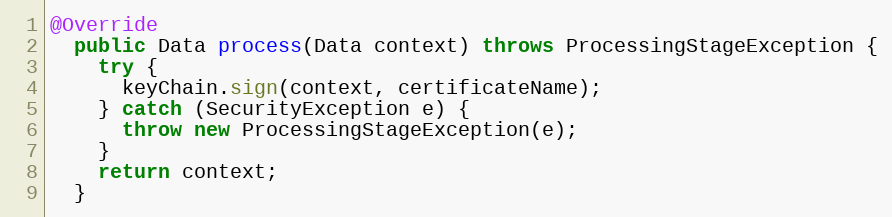
Language: Java
@Override
  public Data process(Data context) throws ProcessingStageException {
    try {
      keyChain.sign(context, certificateName);
    } catch (SecurityException e) {
      throw new ProcessingStageException(e);
    }
    return context;
  }